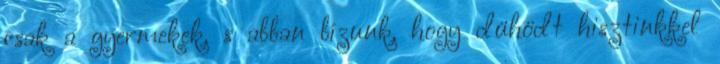
csak a gyermekek, s abban bízunk, hogy dühödt hisztinkkel